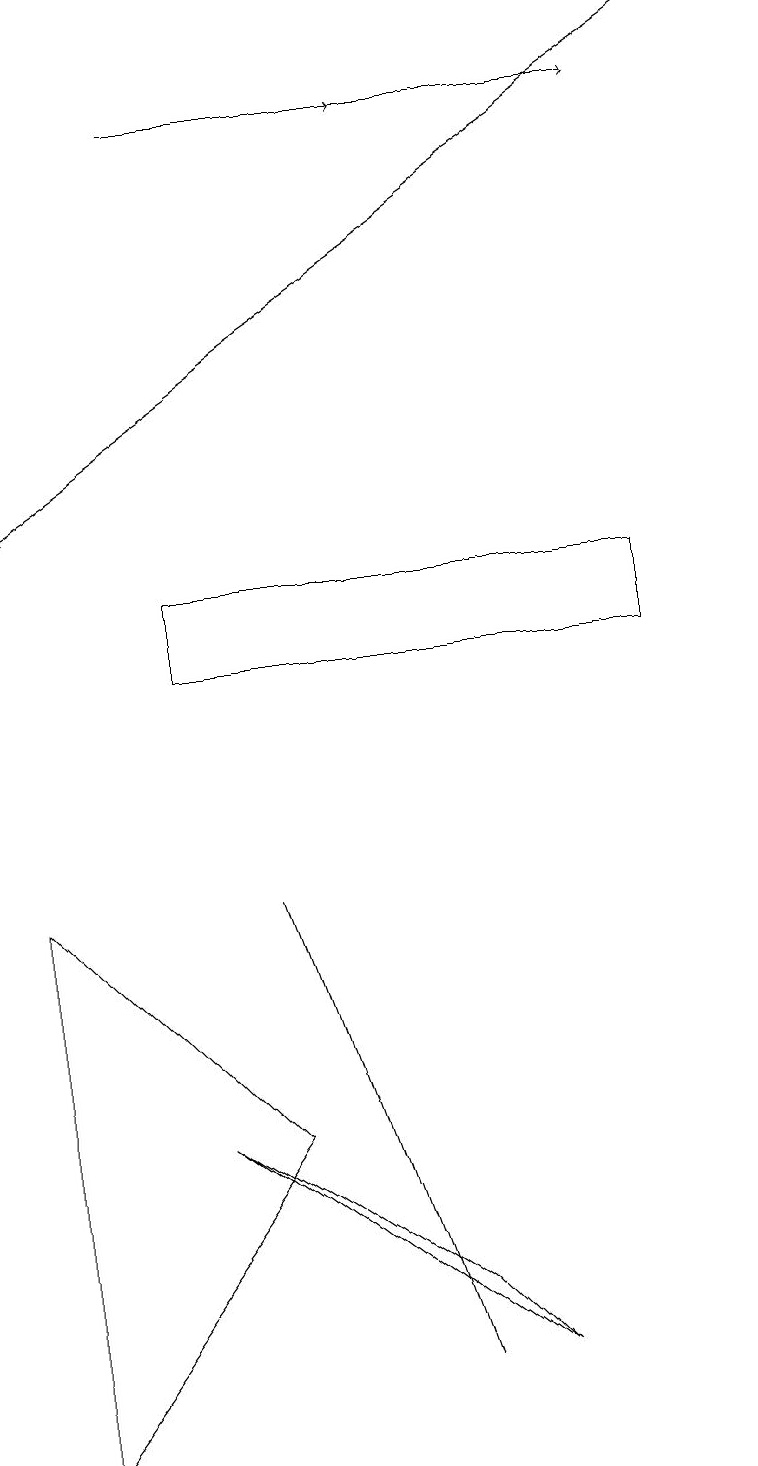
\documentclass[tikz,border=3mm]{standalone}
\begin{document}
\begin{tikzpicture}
\draw[->] (5,18) -- (8,18);
\draw[->] (9,19) -- (0,13);
\draw (0,1) -- (3,5) -- (0,8) -- cycle;
\draw[->] (2,18) -- (5,18);
\draw (5,3) -- (6,2) -- (2,5) -- cycle;
\draw (5,2) -- (3,8) -- (4,5) -- cycle;
\draw (8,11) rectangle (2,12);
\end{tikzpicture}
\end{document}